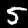
Digit: 5